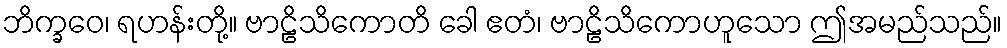
ဘိက္ခဝေ၊ ရဟန်းတို့။ ဗာဠိသိကောတိ ခေါ ဧတံ၊ ဗာဠိသိကောဟူသော ဤအမည်သည်။